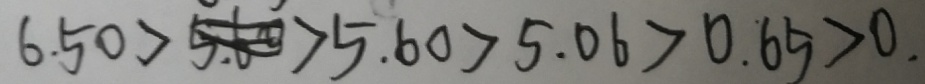
6 . 5 0 > 5 . 6 0 > 5 . 0 6 > 0 . 6 5 > 0 .